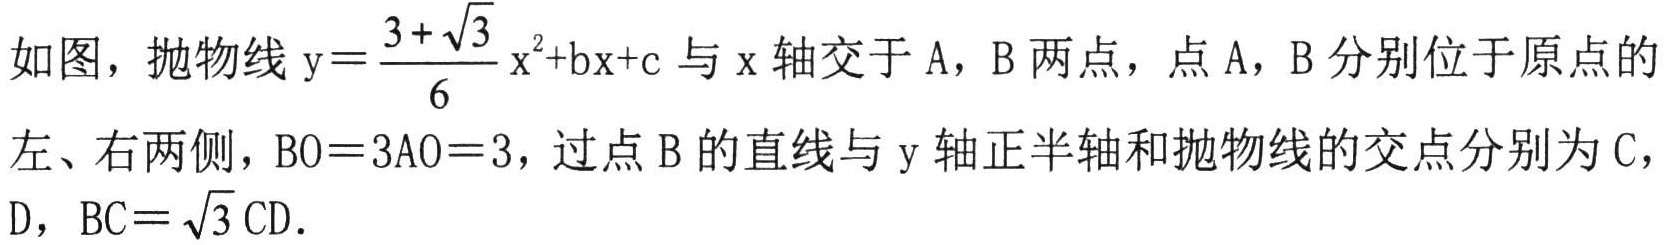
如图，抛物线\(y = \frac{3 + \sqrt{3}}{6}x^{2}+bx + c\)与\(x\)轴交于\(A\)，\(B\)两点，点\(A\)，\(B\)分别位于原点的左、右两侧，\(BO = 3AO = 3\)，过点\(B\)的直线与\(y\)轴正半轴和抛物线的交点分别为\(C\)，\(D\)，\(BC=\sqrt{3}CD\)。